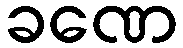
ခဏေ